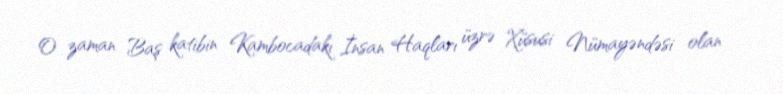
O zaman Baş katibin Kambocadakı İnsan Haqları üzrə Xüsusi Nümayəndəsi olan